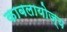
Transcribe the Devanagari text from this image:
काबलायोज्य